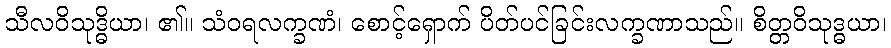
သီလဝိသုဒ္ဓိယာ၊ ၏။ သံဝရလက္ခဏံ၊ စောင့်ရှောက် ပိတ်ပင်ခြင်းလက္ခဏာသည်။ စိတ္တဝိသုဒ္ဓယာ၊